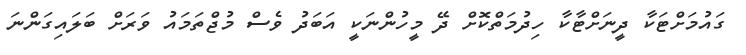
ގައުމަށްޓަކާ ދީނަށްޓާކާ ހިދުމަތްކޮށް ދޭ މީހުންނަކީ އަބަދު ވެސް މުޖްތަމައު ވަރަށް ބަލައިގަންނަ